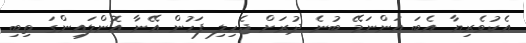
އެކުވެރިޔާ އެބަ އަންނަމޭ ބުނެ ދުރަށް ޖެހިލި ފަހުން އޭނާ އޮންލައިންގަ ތިބި